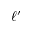
\ell ^ { \prime }